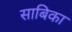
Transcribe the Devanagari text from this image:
साबिका